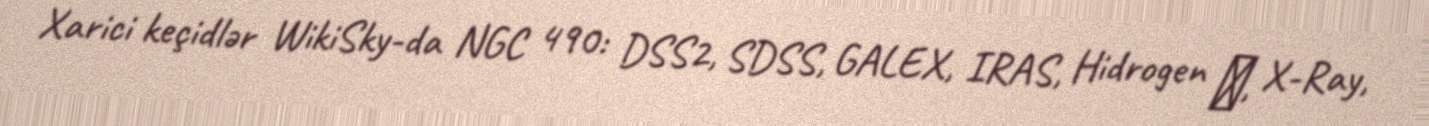
Xarici keçidlər WikiSky-da NGC 490: DSS2, SDSS, GALEX, IRAS, Hidrogen α, X-Ray,